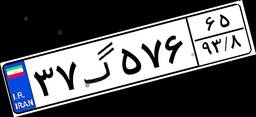
۳۷گ۵۷۶۶۵